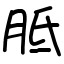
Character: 胝